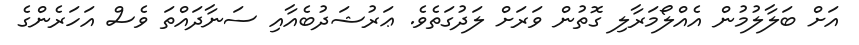
އަށް ބަލާލުމުން އެއްލޯމަރާލި ގޮތުން ވަރަށް ލަދުގަތެވެ. ޢަރުޝަދުބެއާއި ސަނާދައްތަ ވެސް އަހަރެންގެ